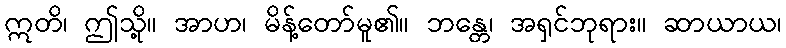
ဣတိ၊ ဤသို့။ အာဟ၊ မိန့်တော်မူ၏။ ဘန္တေ၊ အရှင်ဘုရား။ ဆာယာယ၊